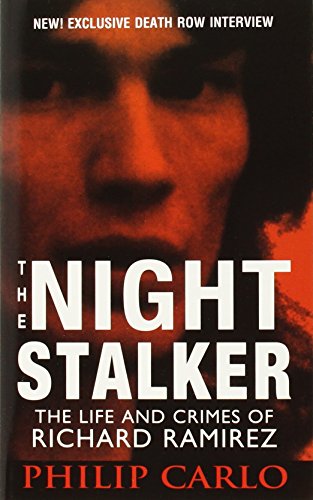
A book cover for The Nightstalker; Philip Carlo; Biographies & Memoirs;